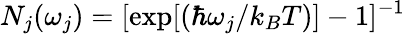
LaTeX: N_{j}(\omega_{j})=[\exp[(\hbar\omega_{j}/k_{B}T)]-1]^{-1}